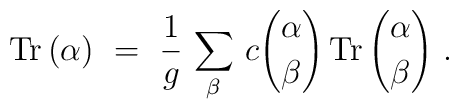
{\rm Tr}\,(\alpha)~=~ {1\over g}\,\sum_{\beta}      \,c{\alpha\choose\beta}\, {\rm Tr}\,{{\alpha}\choose{\beta}}~.